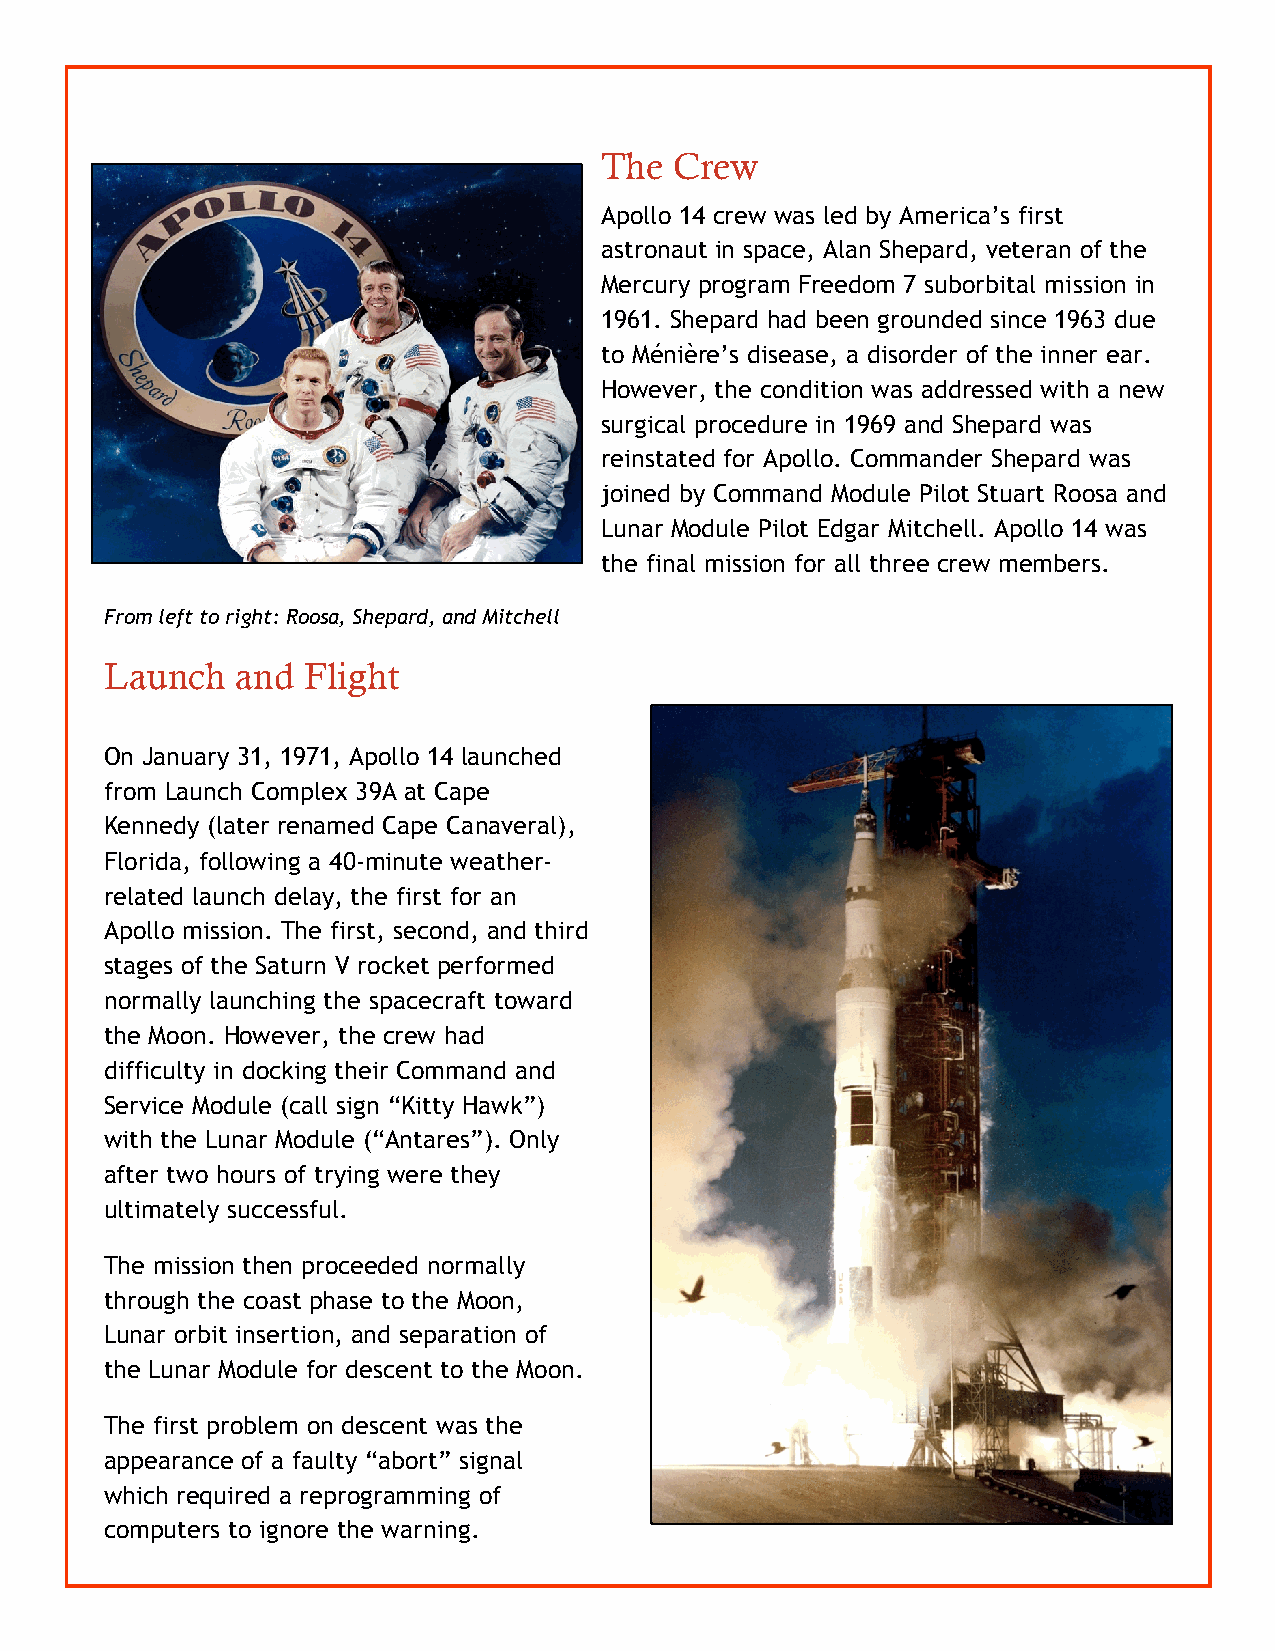
The  Crew
 Apollo 14 crew was led by America’s first
 astronaut in space, Alan Shepard, veteran of the
 Mercury program Freedom 7 suborbital mission in
 1961. Shepard had been grounded since 1963 due
 to Ménière’s disease, a disorder of the inner ear.
 However, the condition was addressed with a new
 surgical procedure in 1969 and Shepard was
 reinstated for Apollo. Commander Shepard was
 joined by Command Module Pilot Stuart Roosa and
 Lunar Module Pilot Edgar Mitchell. Apollo 14 was
 the final mission for all three crew members.
 From left to right: Roosa, Shepard, and Mitchell
 Launch   and Flight
 On January 31, 1971, Apollo 14 launched
 from Launch Complex 39A at Cape
 Kennedy (later renamed Cape Canaveral),
 Florida, following a 40-minute weather-
 related launch delay, the first for an
 Apollo mission. The first, second, and third
 stages of the Saturn V rocket performed
 normally launching the spacecraft toward
 the Moon. However, the crew had
 difficulty in docking their Command and
 Service Module (call sign “Kitty Hawk”)
 with the Lunar Module (“Antares”). Only
 after two hours of trying were they
 ultimately successful.
 The mission then proceeded normally
 through the coast phase to the Moon,
 Lunar orbit insertion, and separation of
 the Lunar Module for descent to the Moon.
 The first problem on descent was the
 appearance of a faulty “abort” signal
 which required a reprogramming of
 computers to ignore the warning.